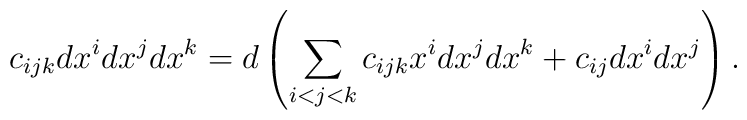
c_{ijk} d x^i dx^j dx^k = d \left( \sum_{i<j<k} c_{ijk} x^i dx^jdx^k + c_{ij} dx^i dx^j \right).